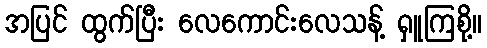
အပြင် ထွက်ပြီး လေကောင်းလေသန့် ရှူကြစို့။